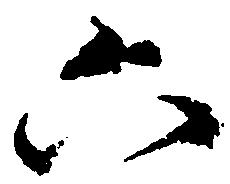
六